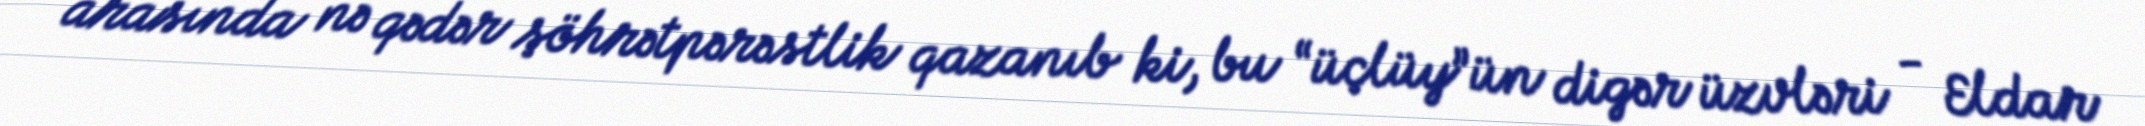
arasında nə qədər şöhrətpərəstlik qazanıb ki, bu “üçlüy”ün digər üzvləri - Eldar